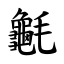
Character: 䶰